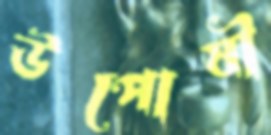
উপোষী